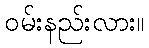
ဝမ်းနည်းလား။